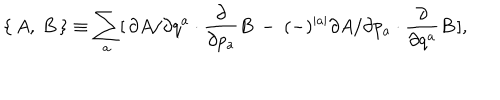
LaTeX: \{ \, A , \: B \, \} \equiv \sum _ { a } [ \, \partial A / \partial q ^ { a } \cdot \frac { \partial } { \partial p _ { a } } B \: - \: ( - ) ^ { \mid a \mid } \partial A / \partial p _ { a } \cdot \frac { \partial } { \partial q ^ { a } } B \, ] ,